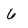
Character: 6